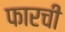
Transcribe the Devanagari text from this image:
फारची